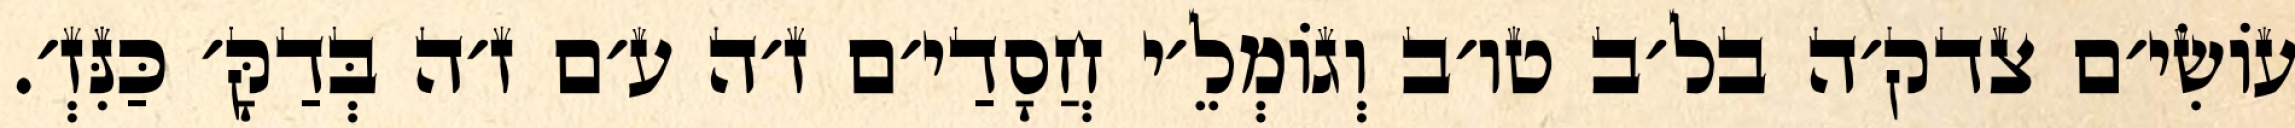
עוֹשִׂי׳ם צדק׳ה בל׳ב טו׳ב וְגוֹמְלֵ׳י חֲסָדַי׳ם ז׳ה ע׳ם ז׳ה בְּדַקָּ׳ כַּנִּזְ׳.